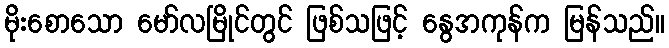
မိုးစောသော မော်လမြိုင်တွင် ဖြစ်သဖြင့် နွေအကုန်က မြန်သည်။